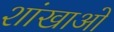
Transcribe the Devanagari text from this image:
शांखाओं